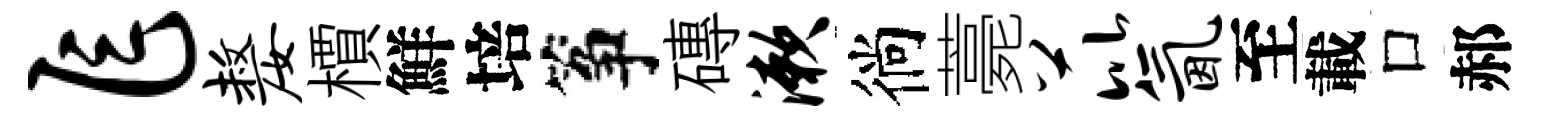
乍嫠檟鮮培筝磚漱徜薧芘氤至載口郝